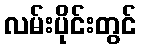
လမ်းပိုင်းတွင်